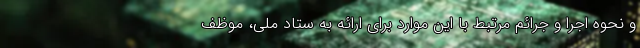
و نحوه اجرا و جرائم مرتبط با این موارد برای ارائه به ستاد ملی، موظف